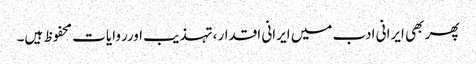
پھر بھی ایرانی ادب میں ایرانی اقدار،تہذیب اورروایات محفوظ ہیں۔